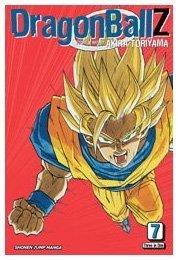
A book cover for Dragon Ball Z, Vol. 7 (VIZBIG Edition); Akira Toriyama; Children's Books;